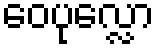
ဝေပုလ္လော